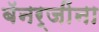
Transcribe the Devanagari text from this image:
बॅनर्जींना